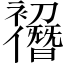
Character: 𠠭